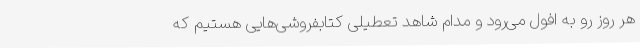
هر روز رو به افول می‌رود و مدام شاهد تعطیلی کتابفروشی‌هایی هستیم که